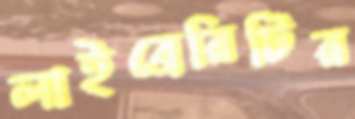
লাইব্রেরিটির